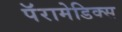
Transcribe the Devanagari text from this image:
पॅरामेडिक्स